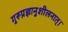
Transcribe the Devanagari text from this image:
गुरूप्रज्ञानुशीलनात्।